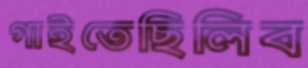
গাইতেছিলিব